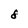
Character: 8